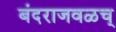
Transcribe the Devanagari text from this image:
बंदराजवळच्